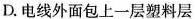
D.电线外面包上一层塑料层